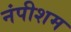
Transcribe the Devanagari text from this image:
नंपीशम